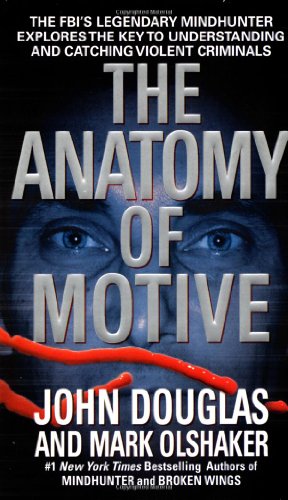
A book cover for The Anatomy of Motive; John E. Douglas; Medical Books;